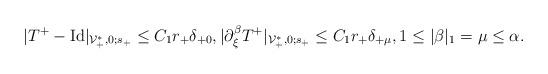
LaTeX: \begin{align*}|T^+-{\rm Id}|_{\mathcal{V}_+^*,0;s_+}\leq C_1 r_+\delta_{+0},|\partial_\xi^\beta T^+|_{\mathcal{V}_+^*,0;s_+}\leq C_1 r_+\delta_{+\mu},1\leq |\beta|_1=\mu \leq \alpha.\end{align*}